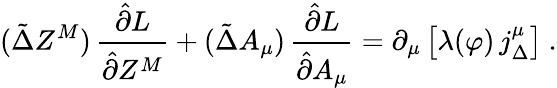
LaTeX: (\tilde{\Delta}Z^{M})\, \frac{\hat{\partial}L}{\hat{\partial}Z^{M}}+(\tilde{\Delta}A_{\mu})\, \frac{\hat{\partial}L}{\hat{\partial}A_{\mu}}=\partial_{\mu}\left[\lambda(\varphi)\, j_{\Delta}^{\mu}\right]\ .